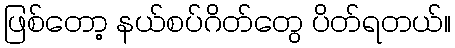
ဖြစ်တော့ နယ်စပ်ဂိတ်တွေ ပိတ်ရတယ်။